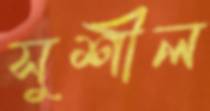
সুশীল